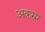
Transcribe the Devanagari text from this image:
अकस्रर